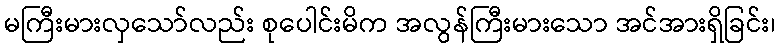
မကြီးမားလှသော်လည်း စုပေါင်းမိက အလွန်ကြီးမားသော အင်အားရှိခြင်း၊